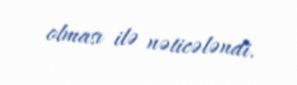
olması ilə nəticələndi.